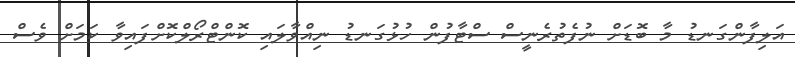
އަލިފާންގަނޑު މާ ބޮޑަށް ނުފެތުރެނީސް ސްޓާފުން ހުޅުގަނޑު ނިއްވާލައި ކޮންޓްރޯލްކޮށްފައިވާ ކަމަށް ވެސް